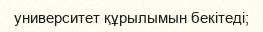
университет құрылымын бекітеді;